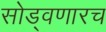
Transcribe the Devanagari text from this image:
सोड्वणारच